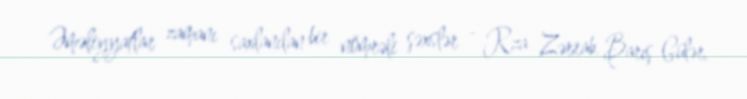
Əməliyyatlar zamanı saxlanılan bir nömrəli şəxslər - Rza Zərrab, Barış Gülər,